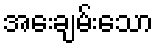
အေးချမ်းသော